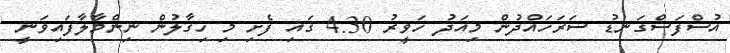
އުސްފަސްގަނޑު ސަރަހައްދުން މިއަދު ހަވީރު 4:30 ގައި ފެށި މި ހިގާލުން ނިންމާލާފައިވަނީ